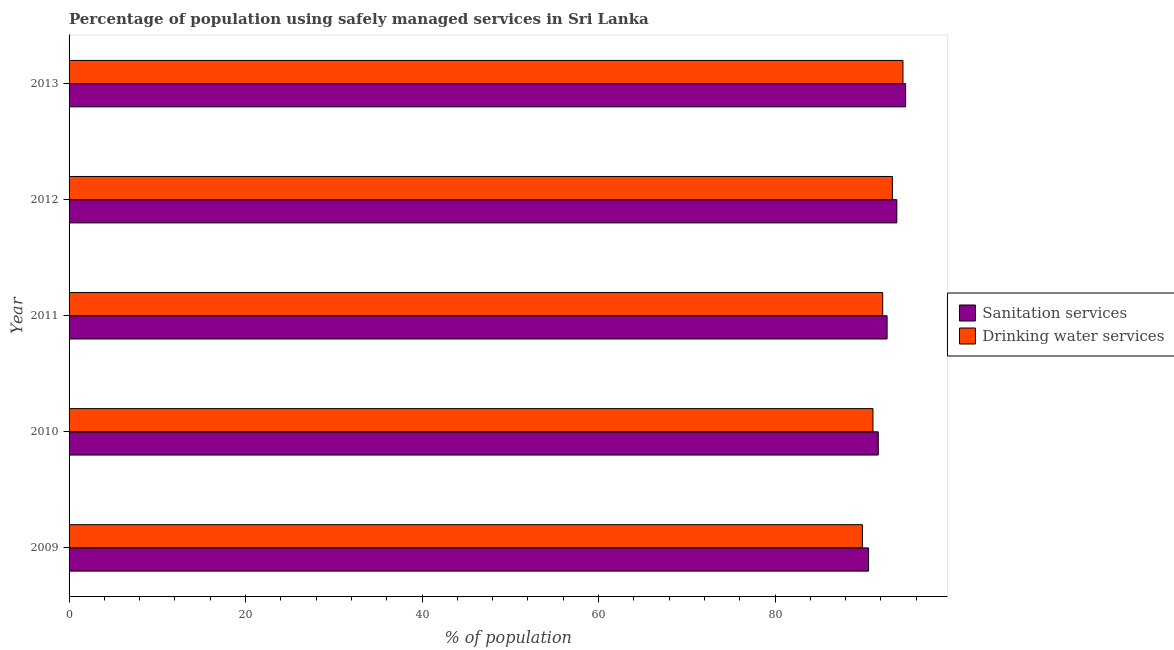
| Year | Sanitation services | Drinking water services |
 | --- | --- | --- |
 | 2009 | 90.6 | 89.9 |
 | 2010 | 91.7 | 91.1 |
 | 2011 | 92.7 | 92.2 |
 | 2012 | 93.8 | 93.3 |
 | 2013 | 94.8 | 94.5 |